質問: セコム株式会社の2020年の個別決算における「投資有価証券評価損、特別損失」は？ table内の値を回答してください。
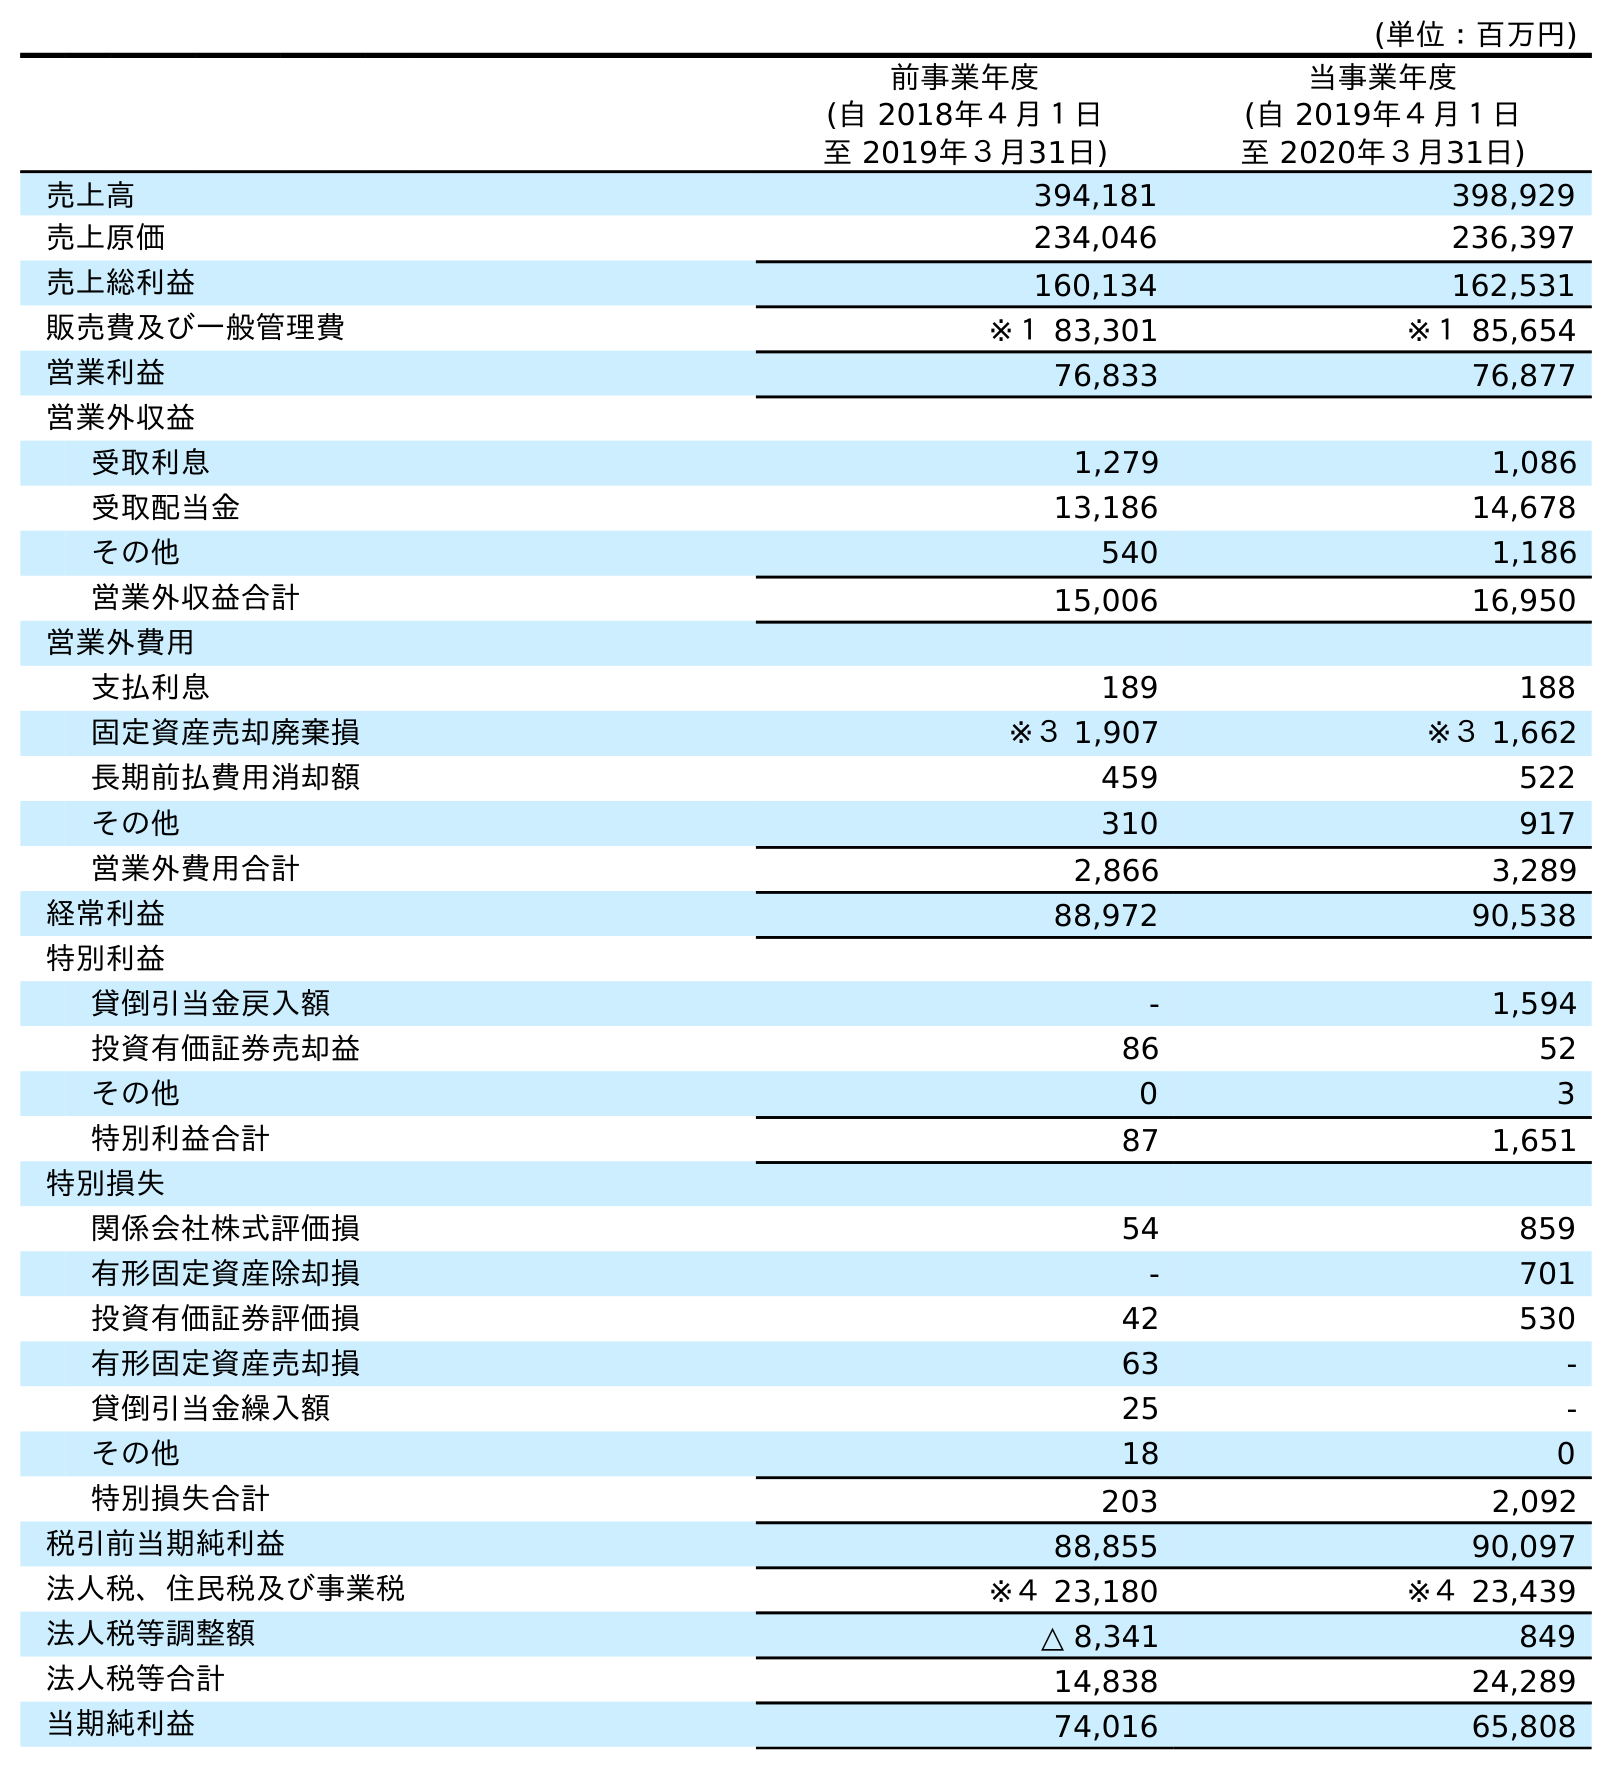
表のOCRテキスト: (単位：百万円) 前事業年度 (自 2018年４月１日 至 2019年３月31日) 当事業年度 (自 2019年４月１日 至 2020年３月31日) 売上高 394,181 398,929 売上原価 234,046 236,397 売上総利益 160,134 162,531 販売費及び一般管理費 ※１ 83,301 ※１ 85,654 営業利益 76,833 76,877 営業外収益 受取利息 1,279 1,086 受取配当金 13,186 14,678 その他 540 1,186 営業外収益合計 15,006 16,950 営業外費用 支払利息 189 188 固定資産売却廃棄損 ※３ 1,907 ※３ 1,662 長期前払費用消却額 459 522 その他 310 917 営業外費用合計 2,866 3,289 経常利益 88,972 90,538 特別利益 貸倒引当金戻入額 - 1,594 投資有価証券売却益 86 52 その他 0 3 特別利益合計 87 1,651 特別損失 関係会社株式評価損 54 859 有形固定資産除却損 - 701 投資有価証券評価損 42 530 有形固定資産売却損 63 - 貸倒引当金繰入額 25 - その他 18 0 特別損失合計 203 2,092 税引前当期純利益 88,855 90,097 法人税、住民税及び事業税 ※４ 23,180 ※４ 23,439 法人税等調整額 △ 8,341 849 法人税等合計 14,838 24,289 当期純利益 74,016 65,808
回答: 530